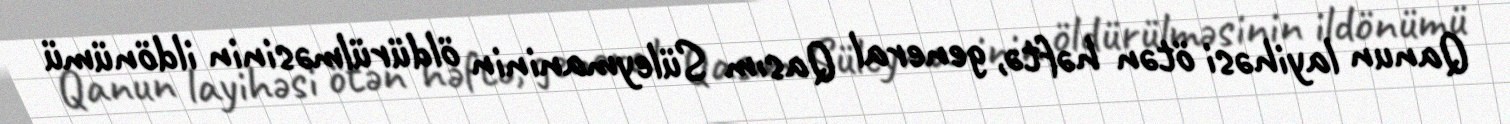
Qanun layihəsi ötən həftə, general Qasım Süleymaninin öldürülməsinin ildönümü